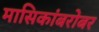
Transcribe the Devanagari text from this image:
मासिकांबरोबर